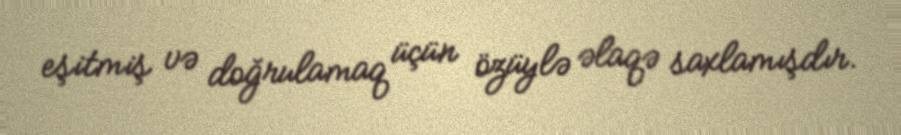
eşitmiş və doğrulamaq üçün özüylə əlaqə saxlamışdır.